Report on sanitation, dispensaries, and jails in Rajputana for 1911, and on vaccination for the year 1911-1912 - 1911-1912
Year: 1911
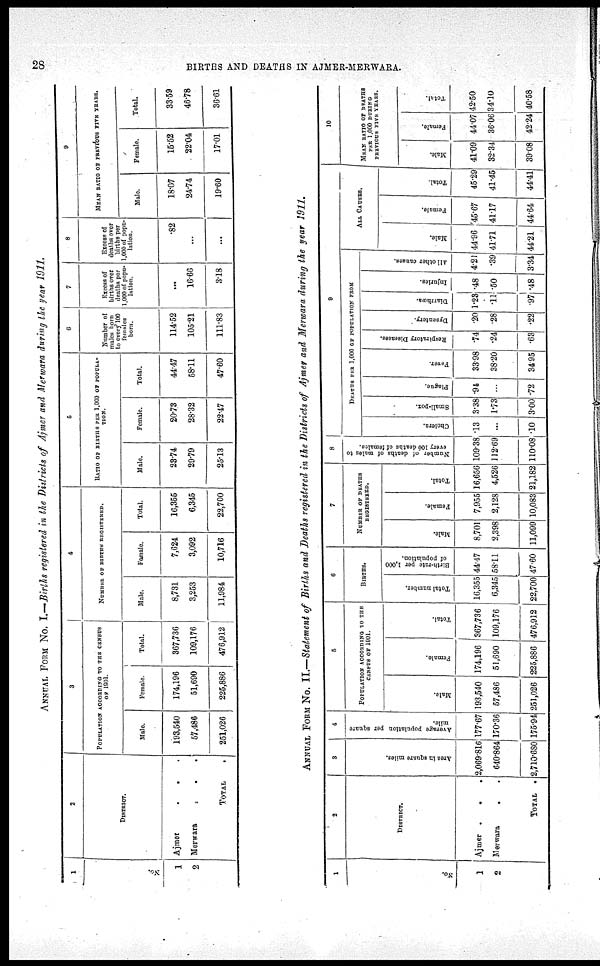
28
BIRTHS AND DEATHS IN AJMER-MERWARA.
ANNUAL FROM No. I.—Births registered in the Districts of Ajmer and Merwara during the year 1911.
1
No.
1
2
2
DISTRICT.
Ajmer
.
. .
Merwara
.
.
.
TOTAL .
3
POPULATION ACCORDING TO THE CENSUS
OF 1901.
Male.
198,540
57,486
251,026
Female.
174,196
51,690
225,886
Total.
367,736
109,176
476,912
4
NUMBER OF BIRTHS REGISTERED.
Male.
8,731
3,253
11,984
Female.
7,624
3,092
10,716
Total.
16,355
6,345
22,700
5
RATIO OF BIRTHS PER 1,000 OF POPULA-
----.
Male.
23.74
29.79
25.13
Female.
20.73
28.32
22.47
Total.
44.47
58.11
47.60
6
Number of
males born
to every100
females
born.
114.52
105.21
111.83
7
Excess of
births over
deaths per
1,000 of popu-
lation.
...
16.66
3.18
8
Excess of
deaths over
births per
1,000 of popu-
lation.
.82
...
...
9
MEAN RATIO OF PREVIOUS FIVE YEARS.
Male.
18.07
24.74
19.60
Female.
15.52
22.04
17.01
Total.
33.59
46.78
36.61
ANNUAL FROM No. II.—Statement of Births and Deaths registered in the Districts of Ajmer and Merwara during the year 1911.
1
No.
1
2
2
DISTRICT.
Ajmer .
.
.
Merwara
. .
TOTAL .
3
Area in square miles.
2,069.816
640.864
2,710.680
4
Average population per square
mile.
177.67
170.36
175.94
5
POPULATION ACCORDING TO THE
CENSUS OF 1901.
Male.
193,540
57,486
251,026
Female.
174,196
51,690
225,886
Total.
367,736
109,176
476,912
6
BIRTHS.
Total number.
16,355
6,345
22,700
Birth-rate per 1,000
of population.
44.47
58.11
47.60
7
NUMBER OF DEATHS
REGISTERED.
Male.
8,701
2,398
11,099
Female.
7,955
2,128
10,083
Total.
16,656
4,526
21,182
8
Number of deaths of males to
every 100 deaths of females.
109.38
112.69
110.08
9
DEATHS PER 1,000 OF POPULATION FROM
Cholera.
.13
...
.10
Small-pox.
3.38
1.73
3.00
Plague.
.94
...
.72
Fever.
33.98
38.20
34.95
Respiratory Diseases.
.74
.24
.63
Dysentery.
.20
.28
.22
Diarrhæa.
1.23
.11
.97
Injuries.
.48
.50
.48
All other causes.
4.21
.39
3.34
ALL CAUSES.
Male.
44.96
41.71
44.21
Female.
45.67
41.17
44.64
Total.
45.29
41.45
44.41
10
MEAN RATIO OF DEATHS
PER 1,000 DURING
PREVIOUS FIVE YEARS.
Male.
41.09
32.34
39.08
Female.
44.07
36.06
42.24
Total.
42.50
34.10
40.58